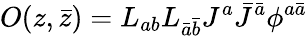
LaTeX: O(z,\bar{z})=L_{ab}L_{\bar{a}\bar{b}}J^{a}\bar{J}^{\bar{a}}\phi^{a\bar{a}}